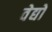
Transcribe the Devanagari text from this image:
वेद्यों